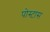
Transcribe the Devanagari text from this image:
पोस्टास